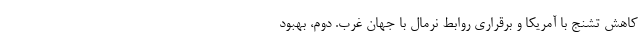
کاهش تشنج با آمریکا و برقراری روابط نرمال با جهان غرب. دوم، بهبود